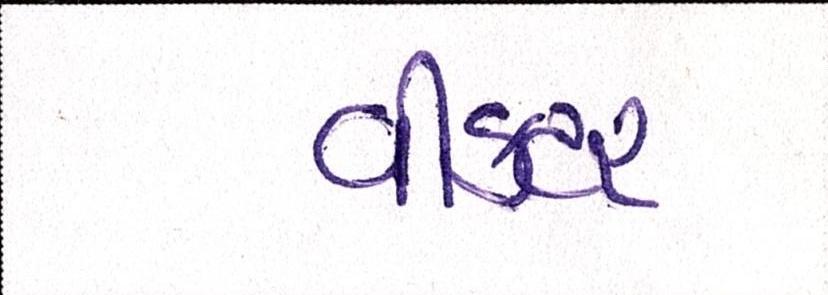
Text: વીકટર